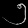
Digit: ၅